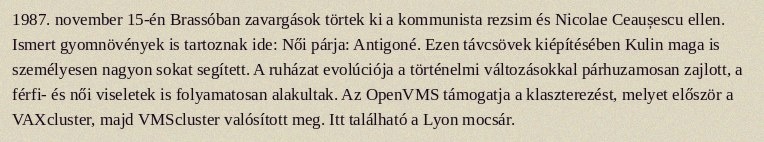
1987. november 15-én Brassóban zavargások törtek ki a kommunista rezsim és Nicolae Ceaușescu ellen. Ismert gyomnövények is tartoznak ide: Női párja: Antigoné. Ezen távcsövek kiépítésében Kulin maga is személyesen nagyon sokat segített. A ruházat evolúciója a történelmi változásokkal párhuzamosan zajlott, a férfi- és női viseletek is folyamatosan alakultak. Az OpenVMS támogatja a klaszterezést, melyet először a VAXcluster, majd VMScluster valósított meg. Itt található a Lyon mocsár.